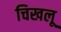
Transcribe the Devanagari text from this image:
चिखलू